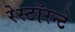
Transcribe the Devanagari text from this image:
रेस्टॉरन्टे